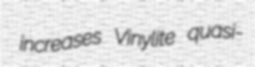
increases Vinylite quasi-